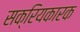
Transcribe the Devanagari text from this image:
सक्रियकारक